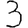
Digit: 3